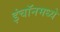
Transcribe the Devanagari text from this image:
इंचॉनमध्ये